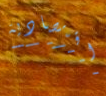
اقتصادية